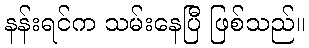
နန်းရင်က သမ်းနေပြီ ဖြစ်သည်။